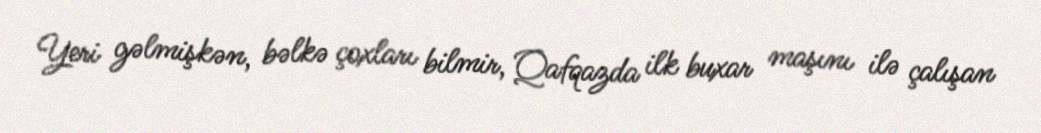
Yeri gəlmişkən, bəlkə çoxları bilmir, Qafqazda ilk buxar maşını ilə çalışan